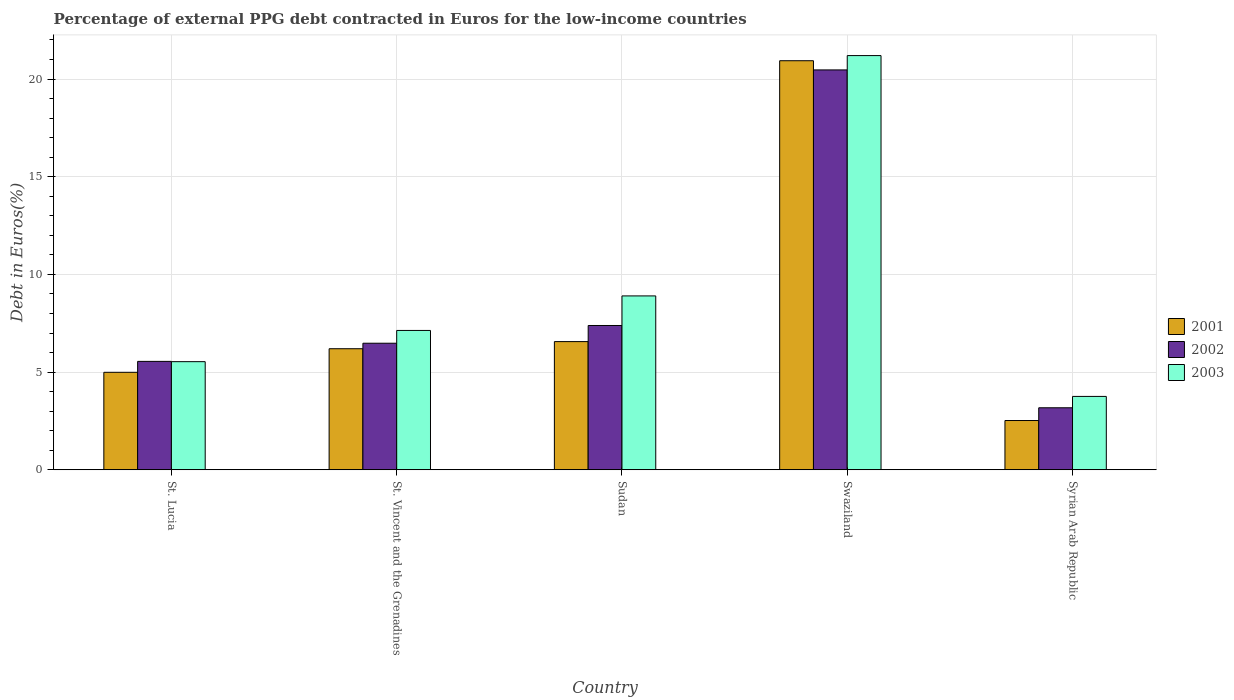
| Country | 2001 | 2002 | 2003 |
 | --- | --- | --- | --- |
 | St. Lucia | 4.99 | 5.55 | 5.53 |
 | St. Vincent and the Grenadines | 6.2 | 6.48 | 7.13 |
 | Sudan | 6.56 | 7.39 | 8.9 |
 | Swaziland | 20.9 | 20.5 | 21.2 |
 | Syrian Arab Republic | 2.52 | 3.17 | 3.76 |